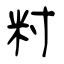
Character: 籿